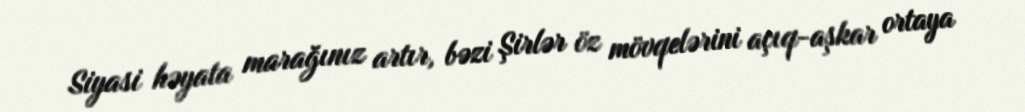
Siyasi həyata marağınız artır, bəzi Şirlər öz mövqelərini açıq-aşkar ortaya